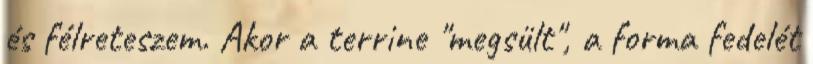
és félreteszem. Akor a terrine "megsült", a forma fedelét